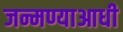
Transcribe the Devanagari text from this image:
जन्मण्याआधी